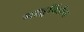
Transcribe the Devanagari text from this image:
मातृविहीना